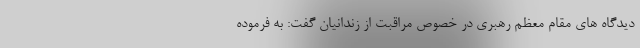
دیدگاه های مقام معظم رهبری در خصوص مراقبت از زندانیان گفت: به فرموده